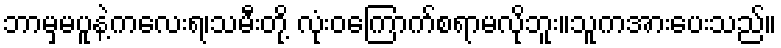
ဘာမှမပူနဲ့ကလေးရ၊သမီးတို့ လုံးဝကြောက်စရာမလိုဘူး။သူကအားပေးသည်။